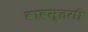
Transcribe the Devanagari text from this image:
वाबस्तगी